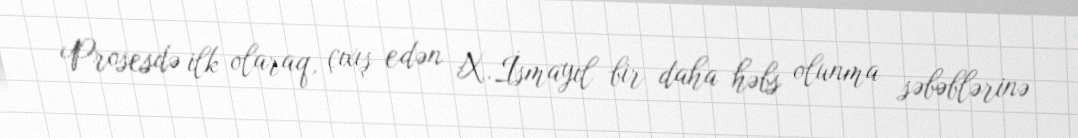
Prosesdə ilk olaraq, çıxış edən X.İsmayıl bir daha həbs olunma səbəblərinə